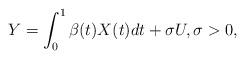
LaTeX: \begin{align*}Y = \int_0^1\beta(t) X(t)dt + \sigma U, \sigma>0,\end{align*}